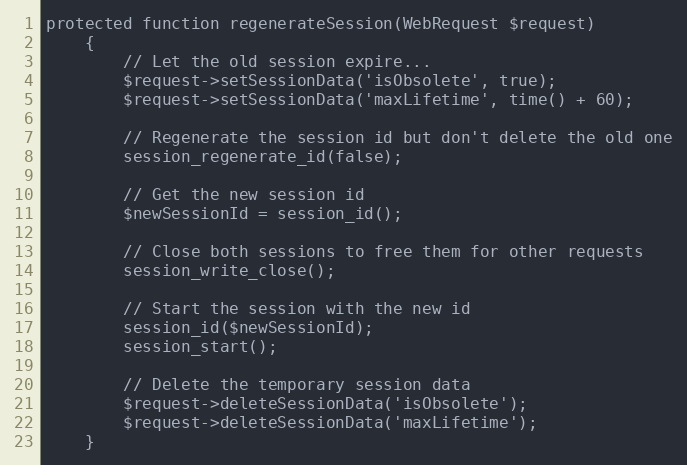
Language: PHP
protected function regenerateSession(WebRequest $request)
    {
        // Let the old session expire...
        $request->setSessionData('isObsolete', true);
        $request->setSessionData('maxLifetime', time() + 60);

        // Regenerate the session id but don't delete the old one
        session_regenerate_id(false);

        // Get the new session id
        $newSessionId = session_id();

        // Close both sessions to free them for other requests
        session_write_close();

        // Start the session with the new id
        session_id($newSessionId);
        session_start();

        // Delete the temporary session data
        $request->deleteSessionData('isObsolete');
        $request->deleteSessionData('maxLifetime');
    }